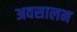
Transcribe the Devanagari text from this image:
अवसालम